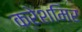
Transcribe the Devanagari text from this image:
क्रेशमिर